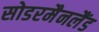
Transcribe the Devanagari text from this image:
सोडरमैनलैंड